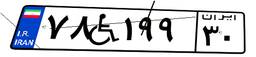
۷۸W۱۹۹۳۰